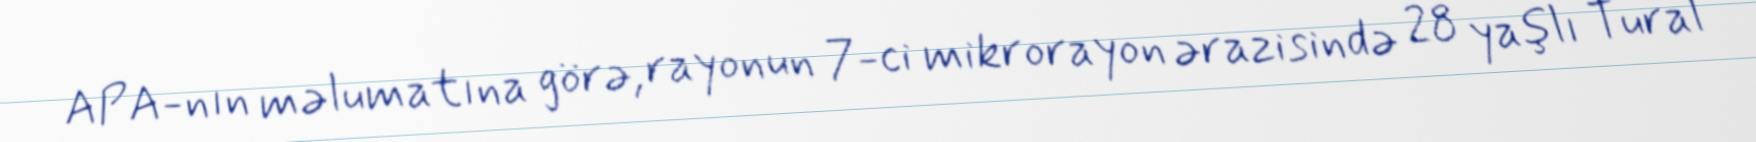
APA-nın məlumatına görə, rayonun 7-ci mikrorayon ərazisində 28 yaşlı Tural